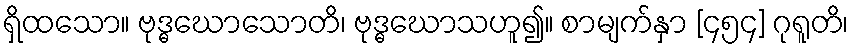
ရှိထသော။ ဗုဒ္ဓဃောသောတိ၊ ဗုဒ္ဓဃောသဟူ၍။ စာမျက်နှာ [၄၅၄] ဂုရူတိ၊